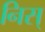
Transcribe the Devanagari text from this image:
निस्‌